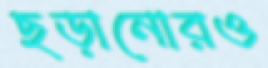
ছড়ানোরও